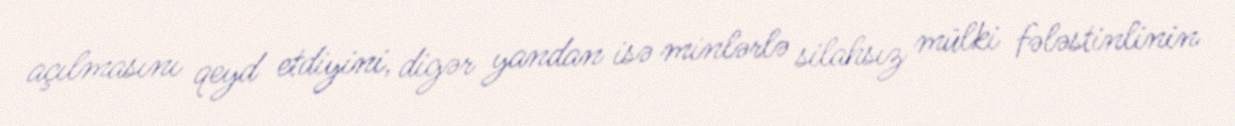
açılmasını qeyd etdiyini, digər yandan isə minlərlə silahsız mülki fələstinlinin